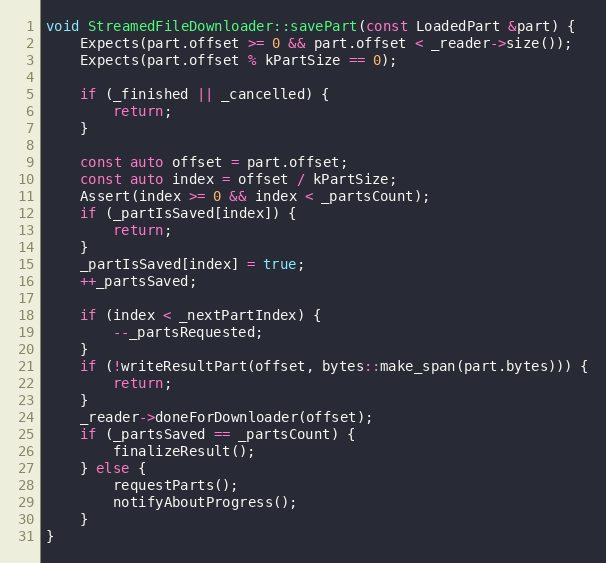
Language: C++
void StreamedFileDownloader::savePart(const LoadedPart &part) {
	Expects(part.offset >= 0 && part.offset < _reader->size());
	Expects(part.offset % kPartSize == 0);

	if (_finished || _cancelled) {
		return;
	}

	const auto offset = part.offset;
	const auto index = offset / kPartSize;
	Assert(index >= 0 && index < _partsCount);
	if (_partIsSaved[index]) {
		return;
	}
	_partIsSaved[index] = true;
	++_partsSaved;

	if (index < _nextPartIndex) {
		--_partsRequested;
	}
	if (!writeResultPart(offset, bytes::make_span(part.bytes))) {
		return;
	}
	_reader->doneForDownloader(offset);
	if (_partsSaved == _partsCount) {
		finalizeResult();
	} else {
		requestParts();
		notifyAboutProgress();
	}
}